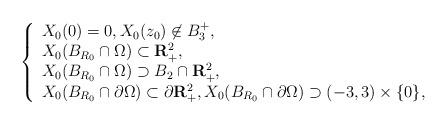
LaTeX: \begin{align*}\left\{\begin{array}{l}X_0(0)=0,X_0(z_0)\not\in B_3^+, \\X_0(B_{R_0}\cap\Omega)\subset {\bf R}_+^2, \\ X_0(B_{R_0}\cap\Omega)\supset B_2\cap{\bf R}_+^2, \\X_0(B_{R_0}\cap\partial\Omega)\subset\partial{\bf R}_+^2,X_0(B_{R_0}\cap\partial\Omega)\supset (-3,3)\times\{0\}, \end{array}\right.\end{align*}